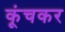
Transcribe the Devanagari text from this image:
कूंचकर